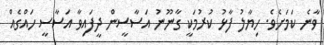
ވާނެ ކަމަށެވެ. ހިޔާލު ފާޅު ކުރުމަކީ ގާނޫނު އަސާސީން ދީފައިވާ އަސާސީ ހައްގެއް